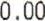
0.00